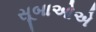
સૂબાઓએ